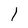
Character: 1